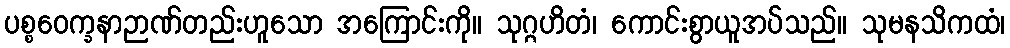
ပစ္စဝေက္ခနာဉာဏ်တည်းဟူသော အကြောင်းကို။ သုဂ္ဂဟိတံ၊ ကောင်းစွာယူအပ်သည်။ သုမနသိကထံ၊